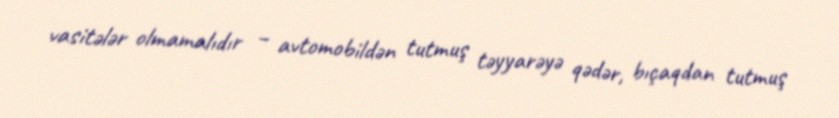
vasitələr olmamalıdır – avtomobildən tutmuş təyyarəyə qədər, bıçaqdan tutmuş